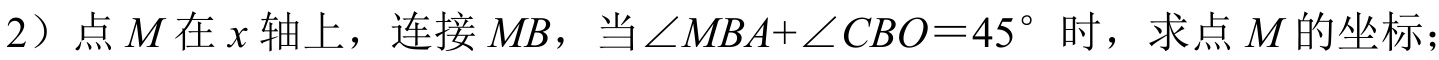
（2）点\(M\)在\(x\)轴上，连接\(MB\)，当\(\angle MBA + \angle CBO = 45^{\circ}\)时，求点\(M\)的坐标；